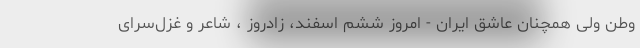
وطن ولی همچنان عاشق ایران - امروز ششم اسفند، زادروز ، شاعر و غزل‌سرای